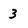
Character: 3